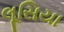
લૂસિયા